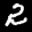
Label: 2